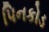
પિનકોડ